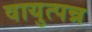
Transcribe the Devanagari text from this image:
वायुत्पन्न